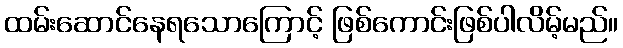
ထမ်းဆောင်နေရသောကြောင့် ဖြစ်ကောင်းဖြစ်ပါလိမ့်မည်။